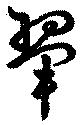
翬